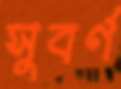
সুবর্ণ